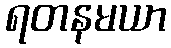
ရတနမယာ